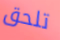
تلحق